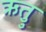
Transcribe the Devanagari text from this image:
ऋतुु